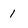
Character: 1